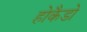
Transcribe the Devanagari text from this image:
होकैडो